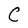
Character: C